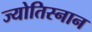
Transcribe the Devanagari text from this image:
ज्योतिस्नान